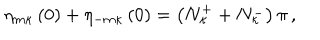
LaTeX: \eta _ { m \kappa } \left( 0 \right) + \eta _ { - m \kappa } \left( 0 \right) = \left( N _ { \kappa } ^ { + } + N _ { \kappa } ^ { - } \right) \pi \, ,